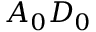
A _ { 0 } D _ { 0 }